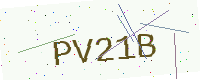
Text: PV21B